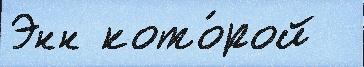
Энн кото́рой